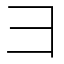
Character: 𫜹